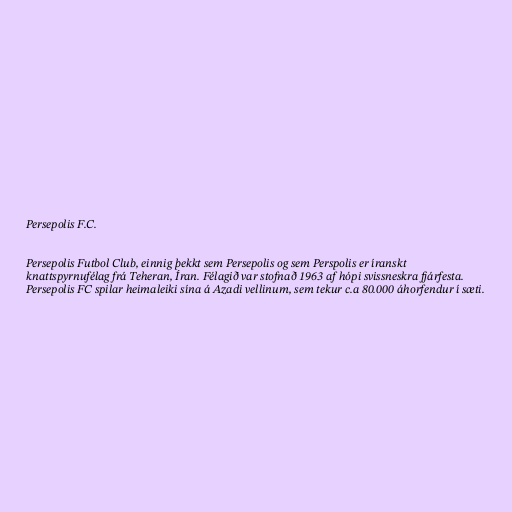
Persepolis F.C.

Persepolis Futbol Club, einnig þekkt sem Persepolis og sem Perspolis er íranskt
knattspyrnufélag frá Teheran, Íran. Félagið var stofnað 1963 af hópi svissneskra fjárfesta.
Persepolis FC spilar heimaleiki sína á Azadi vellinum, sem tekur c.a 80.000 áhorfendur í sæti.